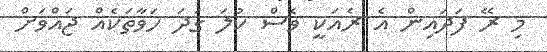
މި ރޭ ފަދައިން އެ ރެއަކީ ވެސް ކުލަ ގަދަ ހަވާތަކެއް ޖައްވަށް